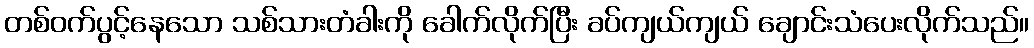
တစ်ဝက်ပွင့်နေသော သစ်သားတံခါးကို ခေါက်လိုက်ပြီး ခပ်ကျယ်ကျယ် ချောင်းသံပေးလိုက်သည်။